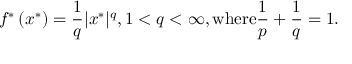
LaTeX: f ^ { * } \left( x ^ { * } \right) = { \frac { 1 } { q } } | x ^ { * } | ^ { q } , 1 < q < \infty , { \mathrm { w h e r e } } { \frac { 1 } { p } } + { \frac { 1 } { q } } = 1 .